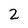
Character: 2